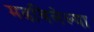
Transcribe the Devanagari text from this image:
मढविलेल्या